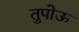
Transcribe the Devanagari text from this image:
तुपोऊ